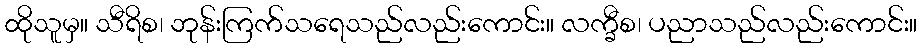
ထိုသူမှ။ သီရိစ၊ ဘုန်းကြက်သရေသည်လည်းကောင်း။ လက္ခီစ၊ ပညာသည်လည်းကောင်း။